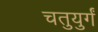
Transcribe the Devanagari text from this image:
चतुयुर्गं